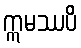
ဣမဿပိ